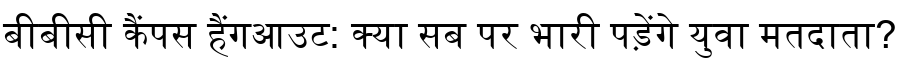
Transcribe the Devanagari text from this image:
बीबीसी कैंपस हैंगआउट: क्या सब पर भारी पड़ेंगे युवा मतदाता?